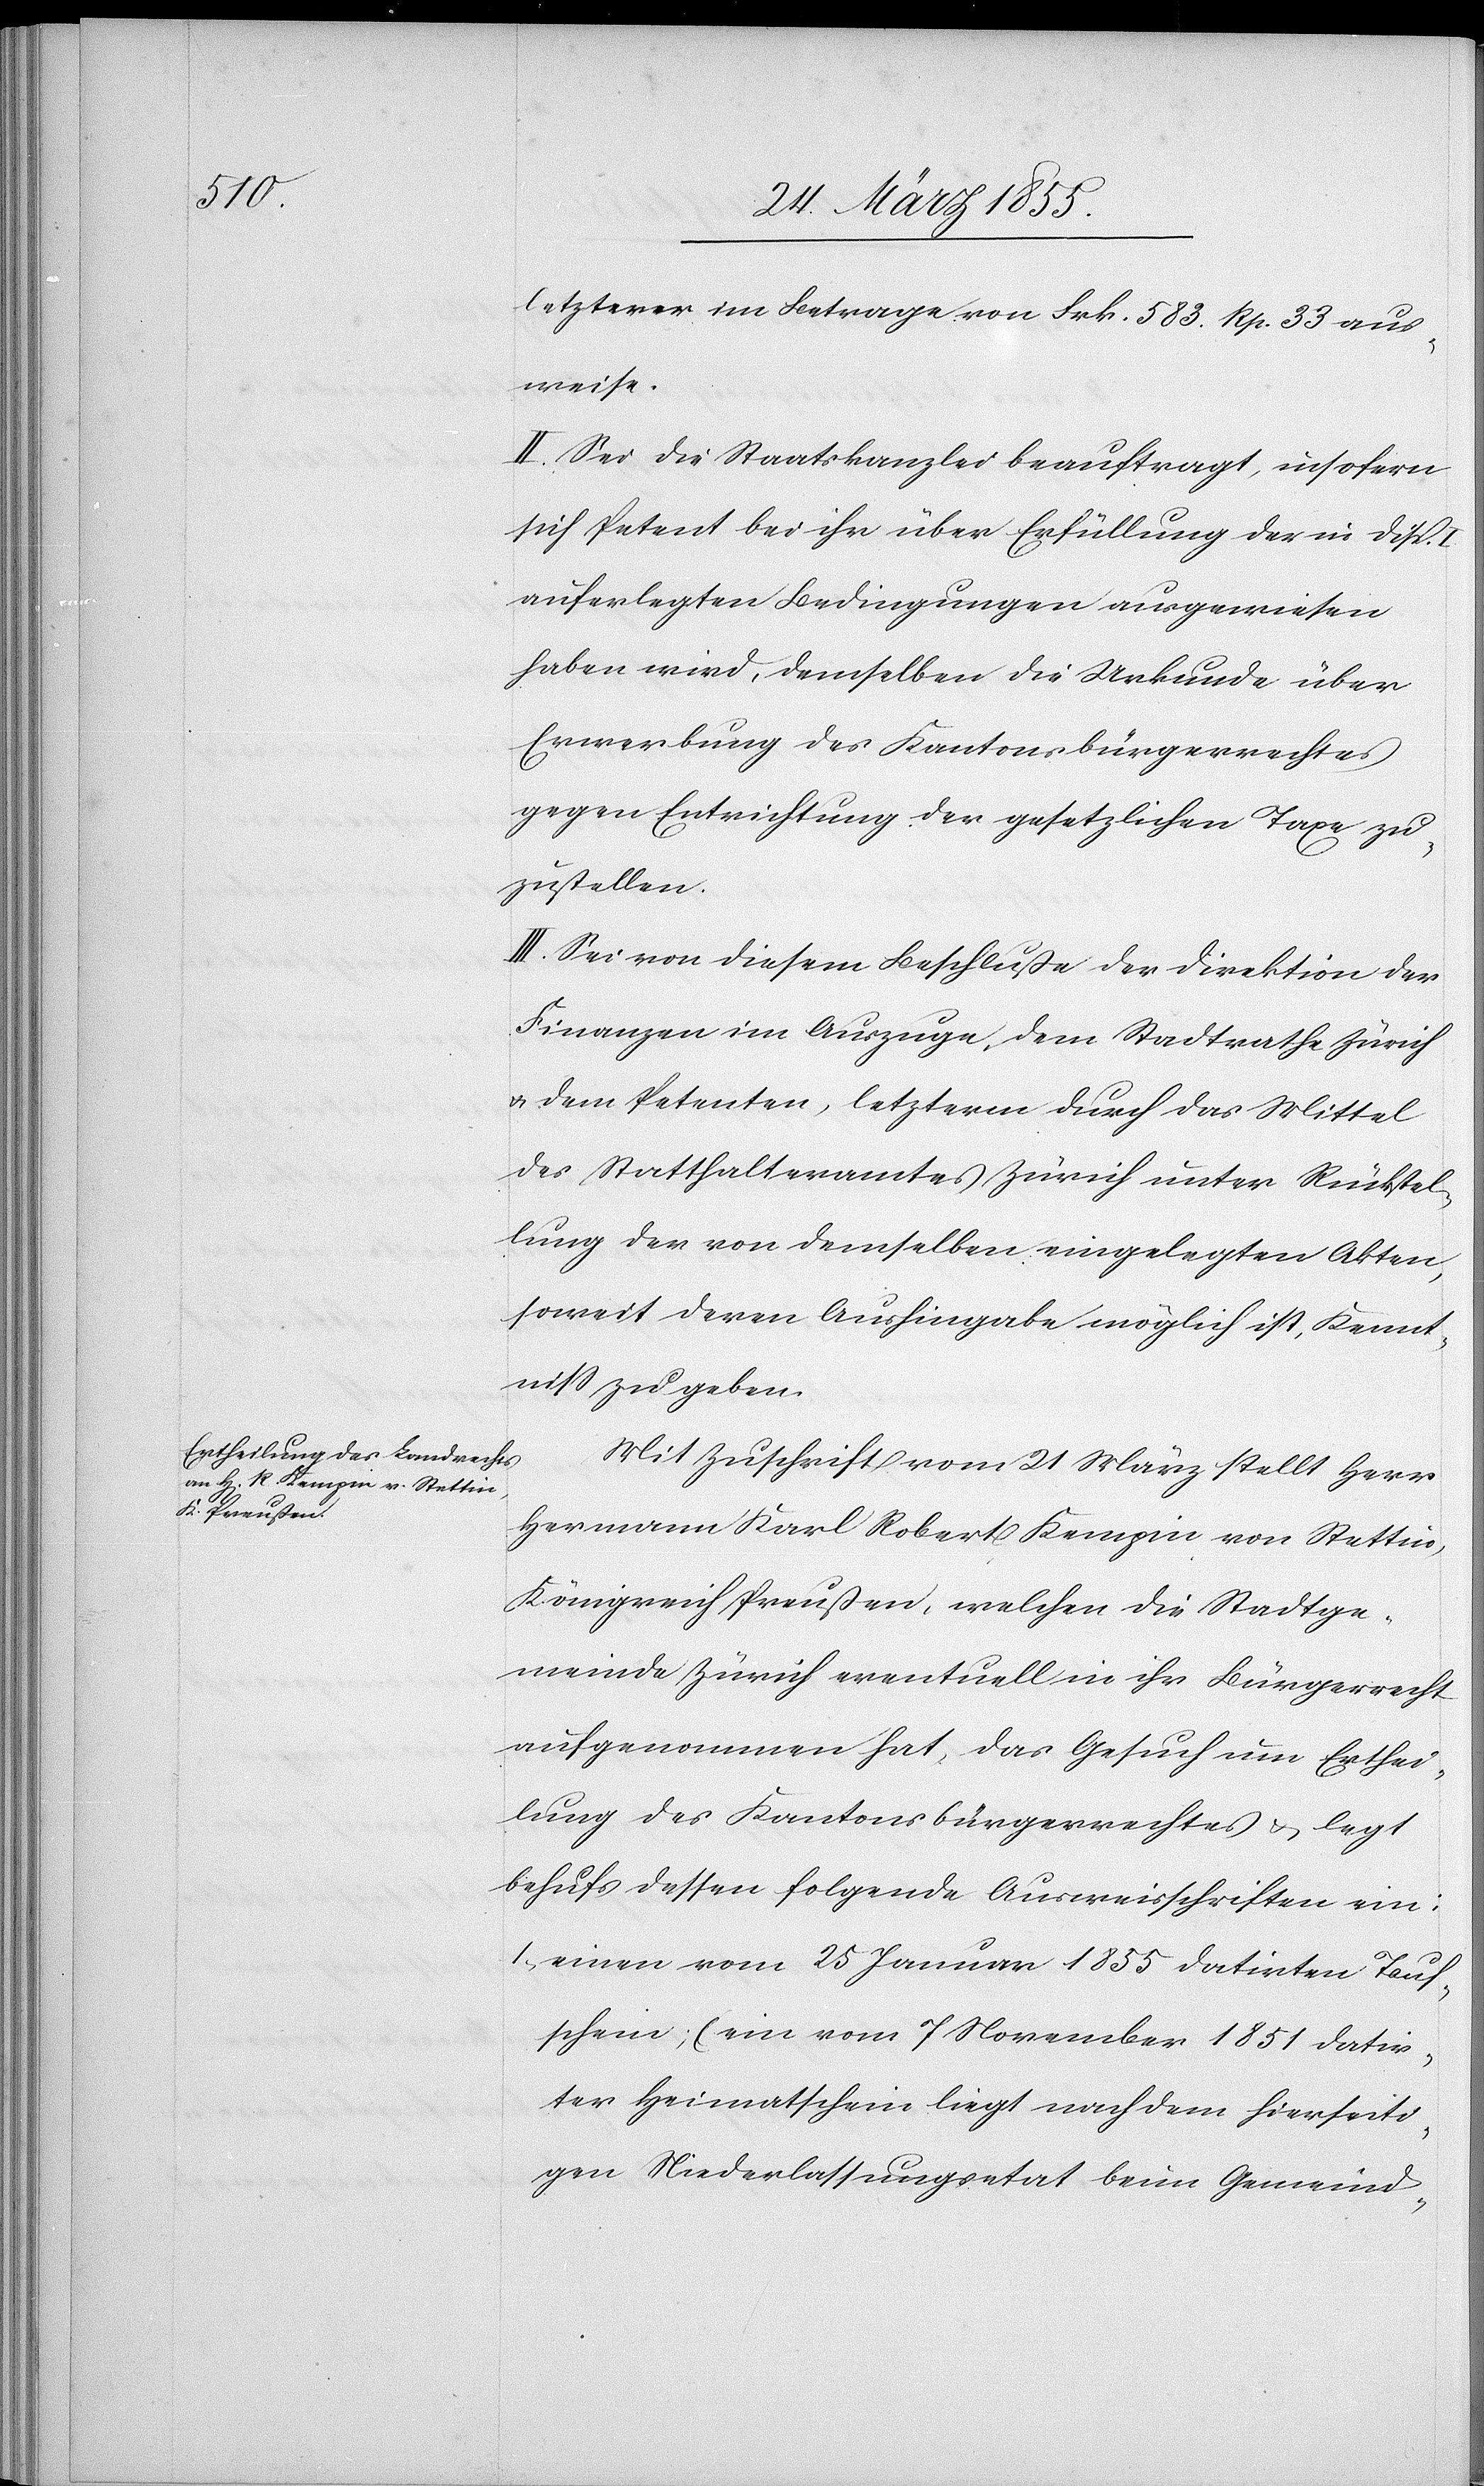
letzterer im Betrage von Frk. 583. Rp. 33 aus¬
weise.
II. Sei die Staatskanzlei beauftragt, insofern
sich Petent bei ihr über Erfüllung der in Disp.
auferlegten Bedingungen ausgewiesen
haben wird, demselben die Urkunde über
Erwerbung des Kantonsbürgerrechtes
gegen Entrichtung der gesetzlichen Taxe zu¬
zustellen.
III. Sei von diesem Beschluße der Direktion der
Finanzen im Auszuge, dem Stadtrathe Zürich
& dem Petenten, letzterm durch das Mittel
des Statthalteramtes Zürich unter Rückstel¬
lung der von demselben eingelegten Akten,
soweit deren Aushingabe möglich ist, Kennt¬
niss zu geben.
Mit Zuschrift vom 21 März stellt Herr
Hermann Karl Robert Kempin von Stettin,
Königreich Preußen, welchen die Stadtge¬
meinde Zürich eventuell in ihr Bürgerrecht
aufgenommen hat, das Gesuch um Erthei¬
lung des Kantonsbürgerrechtes & legt
behufs dessen folgende Ausweisschriften ein:
einen vom 25 Januar 1855 datirten Tauf¬
schein; (ein vom 7 November 1851 datir¬
ter Heimatschein liegt nach dem hierseiti¬
gen Niederlassungsetat beim Gemeind-